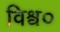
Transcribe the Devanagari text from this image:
विश्व०